255_413270_UFO's_and_Defense_What_Should_we_Prepare_For
Agency: NASA
Page 20
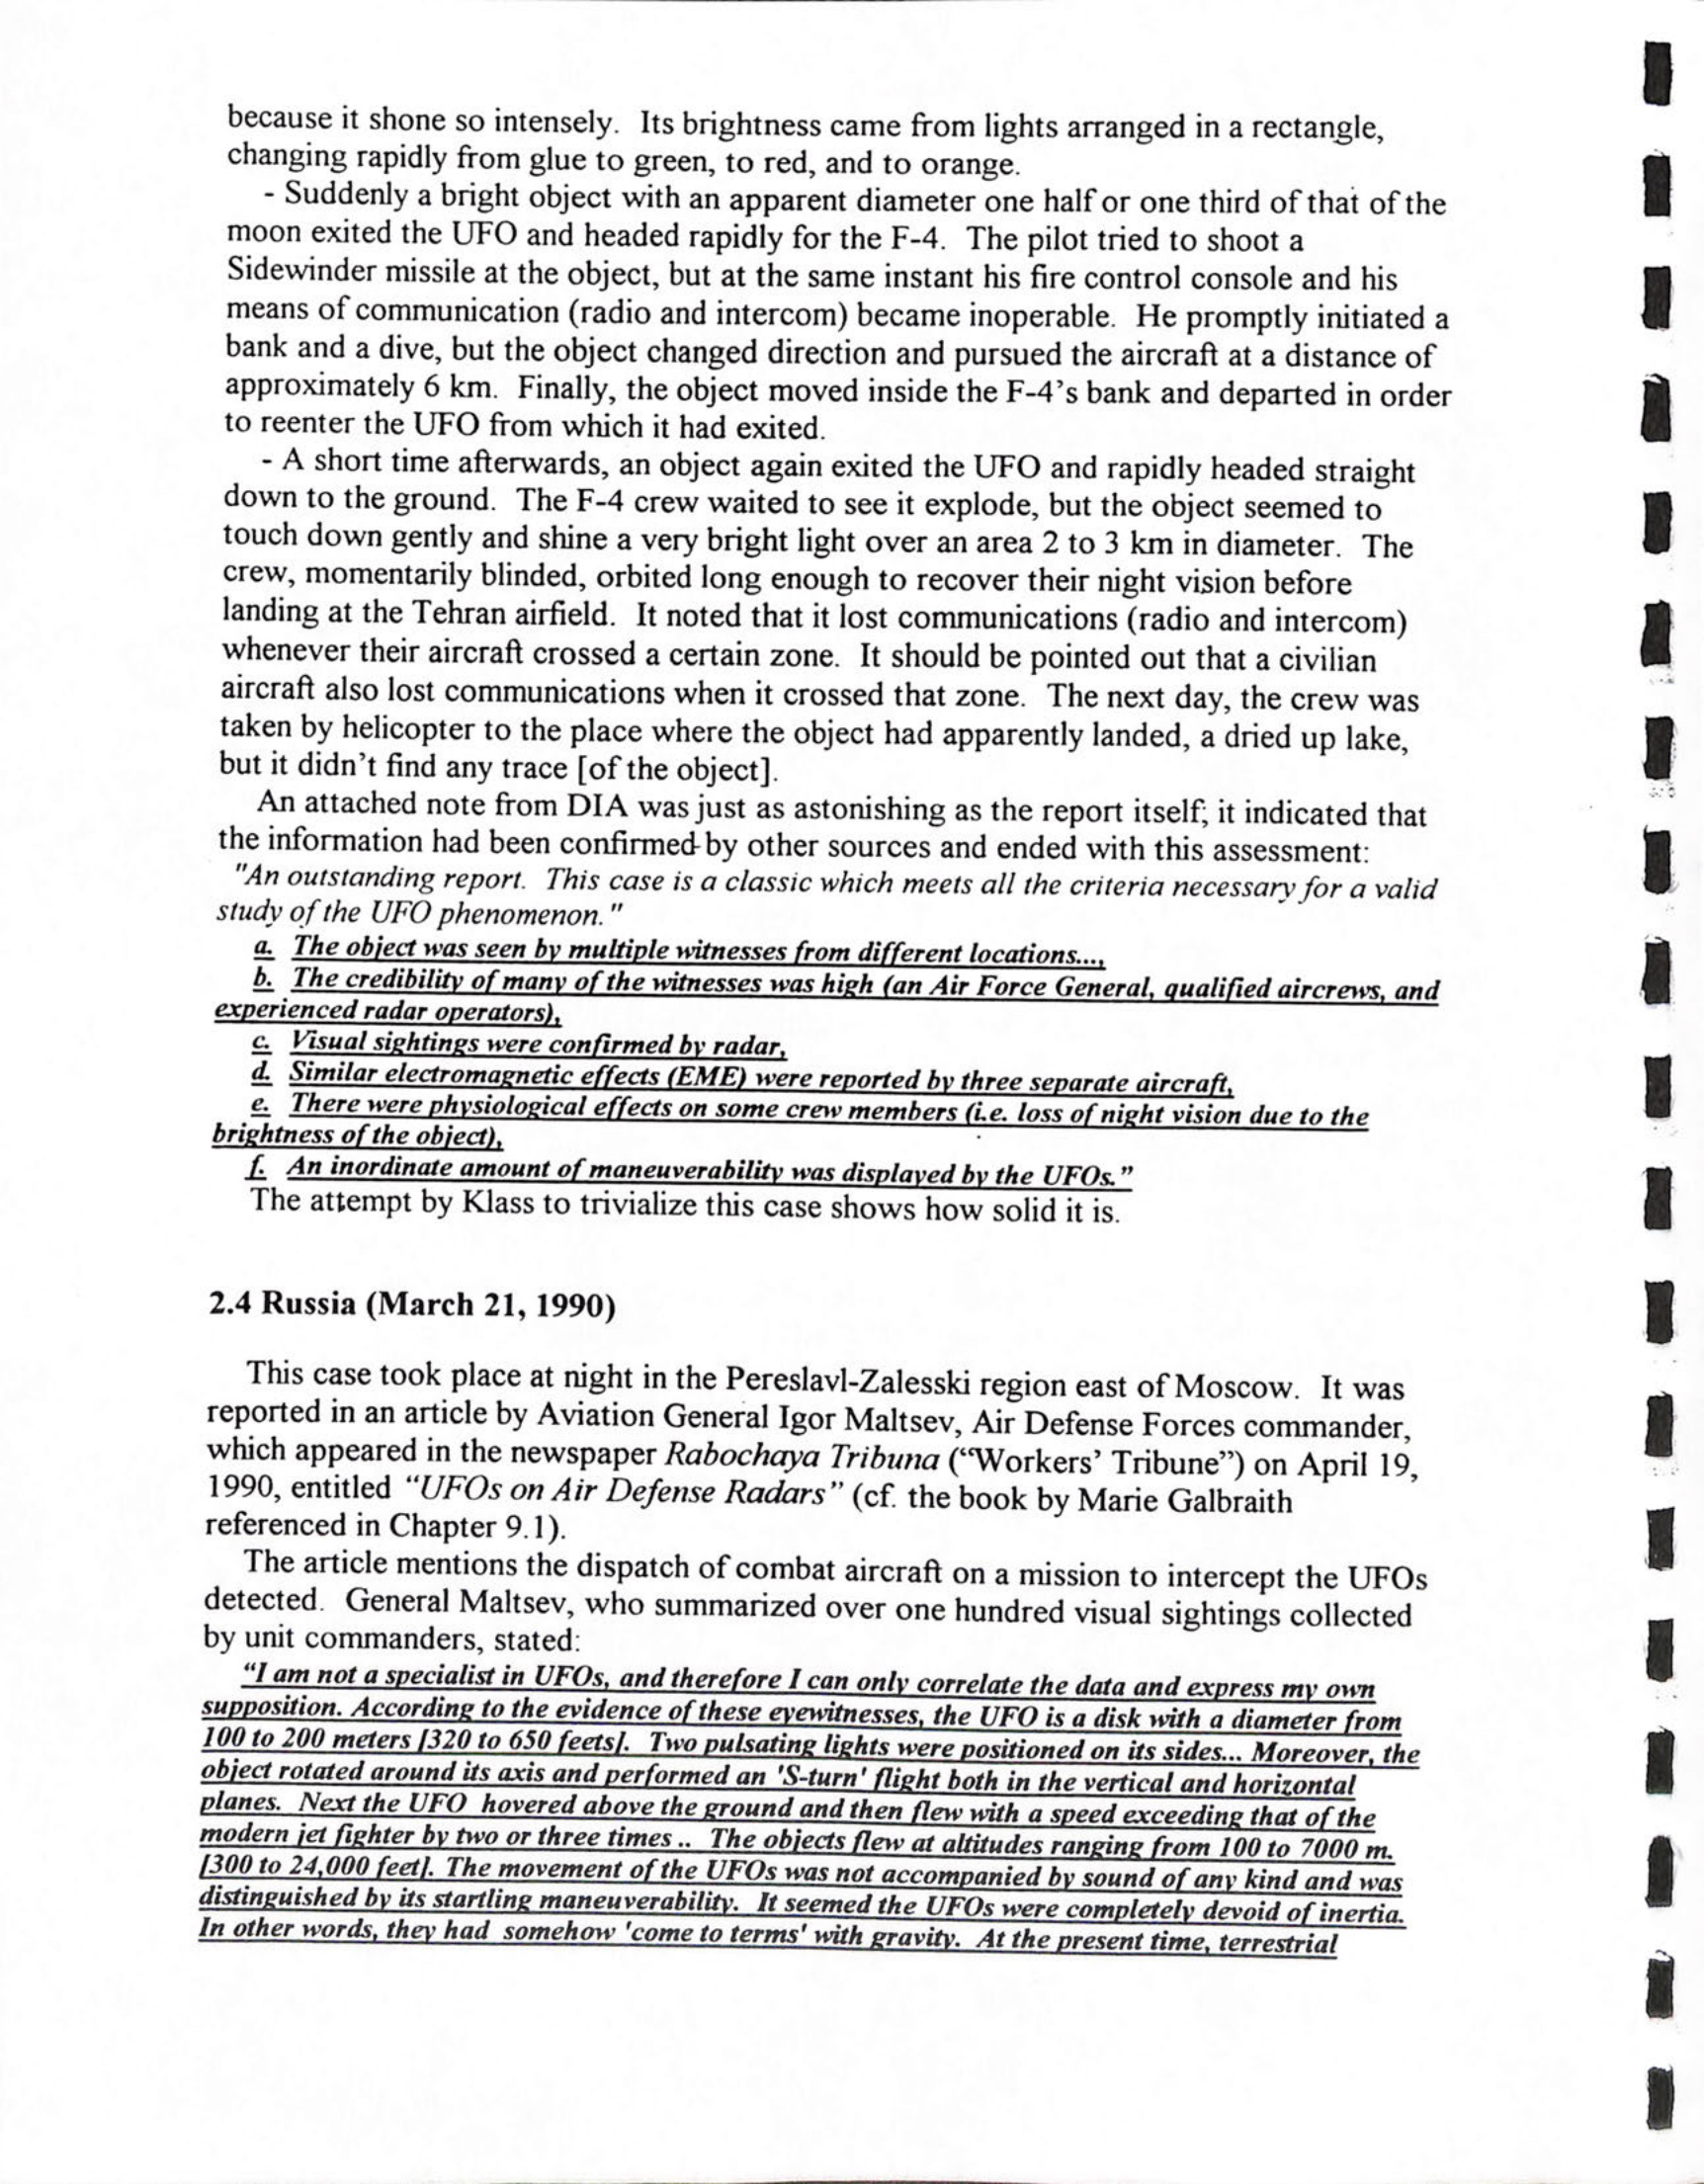